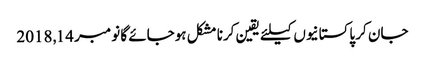
جان کر پاکستانیوں کیلئے یقین کرنا مشکل ہوجائے گا نومبر 14, 2018